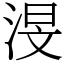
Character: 渂